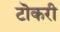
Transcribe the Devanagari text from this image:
टॊकरी